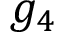
g _ { 4 }